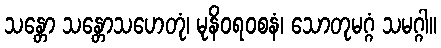
သန္တော သန္တောသဟေတုံ၊ မုနိဝရ၀စနံ၊ သောတုမဂ္ဂံ သမဂ္ဂါ။